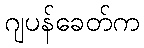
ဂျပန်ခေတ်က